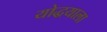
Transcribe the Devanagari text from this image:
योद्धयाला